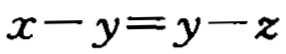
\(x - y = y - z\)